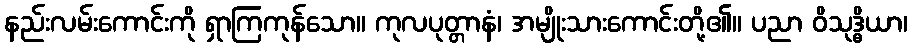
နည်းလမ်းကောင်းကို ရှာကြကုန်သော။ ကုလပုတ္တာနံ၊ အမျိုးသားကောင်းတို့၏။ ပညာ ဝိသုဒ္ဓိယာ၊